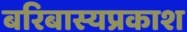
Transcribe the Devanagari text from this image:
बरिबास्यप्रकाश